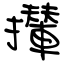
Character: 攆